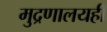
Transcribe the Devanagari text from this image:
मुद्रणालयही